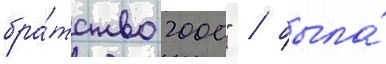
бра́тство 2000" / была́